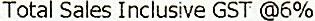
TOTAL SALES INCLUSIVE GST @6%